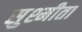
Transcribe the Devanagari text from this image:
सुश्मीता